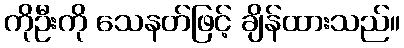
ကိုဦးကို သေနတ်ဖြင့် ချိန်ထားသည်။